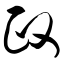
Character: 政